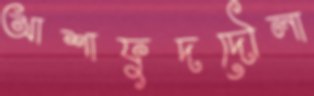
আশাফুদদৌলা